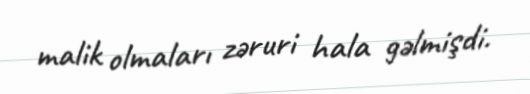
malik olmaları zəruri hala gəlmişdi.